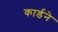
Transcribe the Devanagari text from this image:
कार्डने